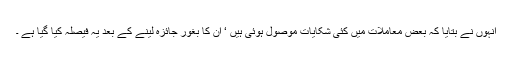
انہوں نے بتایا کہ بعض معاملات میں کئی شکایات موصول ہوئی ہیں ‘ ان کا بغور جائزہ لینے کے بعد یہ فیصلہ کیا گیا ہے ۔